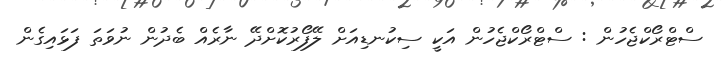
ސްޓްރޯކްޖެހުން : ސްޓްރޯކްޖެހުން އަކީ ސިކުނޑިއަށް ލޭފޯރުކޮށްދޭ ނާރެއް ބެދުން ނުވަތަ ފަޅައިގެން